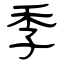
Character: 季